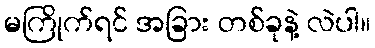
မကြိုက်ရင် အခြား တစ်ခုနဲ့ လဲပါ။